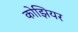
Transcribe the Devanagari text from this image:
कोझियर